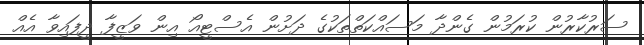
ސަރުކާރުން ކުރަމުން ގެންދާ މަސައްކަތްތަކުގެ ދަށުން އެސްޓީއޯ އިން ވަޒީފާ ދީފައިވާ އެއް